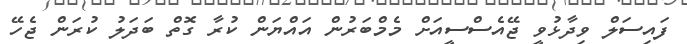
ފައިސަލް ވިދާޅުވީ ޖޭއެސްސީއަށް މެމްބަރުން އައްޔަން ކުރާ ގޮތް ބަދަލު ކުރަން ޖެހޭ